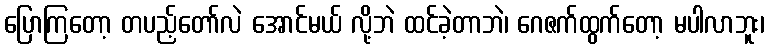
ပြောကြတော့ တပည့်တော်လဲ အောင်မယ် လို့ဘဲ ထင်ခဲ့တာဘဲ၊ ဂေဇက်ထွက်တော့ မပါလာဘူး၊